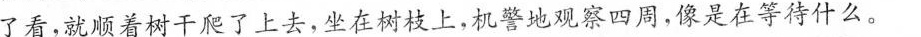
了看，就顺着树干爬了上去，坐在树枝上，机警地观察四周，像是在等待什么。